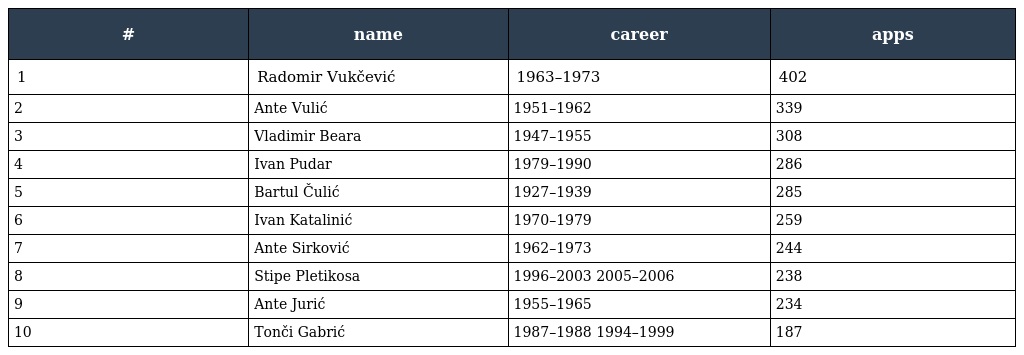
| # | name | career | apps |
 | --- | --- | --- | --- |
 | 1 | Radomir Vukčević | 1963–1973 | 402 |
 | 2 | Ante Vulić | 1951–1962 | 339 |
 | 3 | Vladimir Beara | 1947–1955 | 308 |
 | 4 | Ivan Pudar | 1979–1990 | 286 |
 | 5 | Bartul Čulić | 1927–1939 | 285 |
 | 6 | Ivan Katalinić | 1970–1979 | 259 |
 | 7 | Ante Sirković | 1962–1973 | 244 |
 | 8 | Stipe Pletikosa | 1996–2003 2005–2006 | 238 |
 | 9 | Ante Jurić | 1955–1965 | 234 |
 | 10 | Tonči Gabrić | 1987–1988 1994–1999 | 187 |